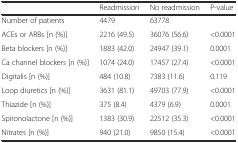
|  | Readmission | No readmission | P-value |
 | --- | --- | --- | --- |
 | Number of patients | 4479 | 63778 |  |
 | ACEs or ARBs [n (%)] | 2216 (49.5) | 36076 (56.6) | <0.0001 |
 | Beta blockers [n (%)] | 1883 (42.0) | 24947 (39.1) | 0.0001 |
 | Ca channel blockers [n (%)] | 1074 (24.0) | 17457 (27.4) | <0.0001 |
 | Digitalis [n (%)] | 484 (10.8) | 7383 (11.6) | 0.119 |
 | Loop diuretics [n (%)] | 3631 (81.1) | 49703 (77.9) | <0.0001 |
 | Thiazide [n (%)] | 375 (8.4) | 4379 (6.9) | 0.0001 |
 | Spironolactone [n (%)] | 1383 (30.9) | 22512 (35.3) | <0.0001 |
 | Nitrates [n (%)] | 940 (21.0) | 9850 (15.4) | <0.0001 |